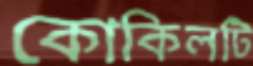
কোকিলটি